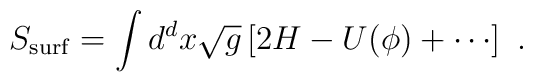
S_{\mathrm{surf}} =  \int d^d x \sqrt{g} \left[ 2 H - U(\phi) +\cdots  \right]~.